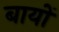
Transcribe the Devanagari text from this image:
बायों